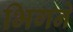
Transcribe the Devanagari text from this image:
भिगने